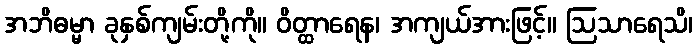
အဘိဓမ္မာ ခုနှစ်ကျမ်းတို့ကို။ ဝိတ္ထာရေန၊ အကျယ်အားဖြင့်။ ဩသာရေသိ၊